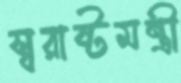
স্বরাষ্টমন্ত্রী